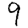
Digit: 9